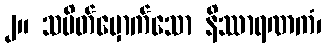
၂။ သပိတ်မှောက်သော နိဿာရဏကံ၊